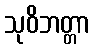
သုဝိဘတ္တာ